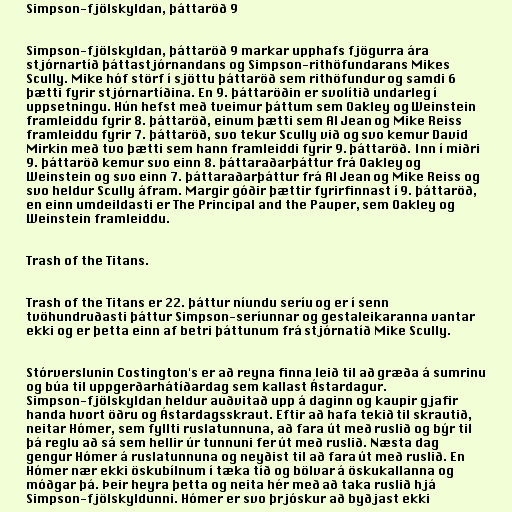
Simpson-fjölskyldan, þáttaröð 9

Simpson-fjölskyldan, þáttaröð 9 markar upphafs fjögurra ára
stjórnartíð þáttastjórnandans og Simpson-rithöfundarans Mikes
Scully. Mike hóf störf í sjöttu þáttaröð sem rithöfundur og samdi 6
þætti fyrir stjórnartíðina. En 9. þáttaröðin er svolítið undarleg í
uppsetningu. Hún hefst með tveimur þáttum sem Oakley og Weinstein
framleiddu fyrir 8. þáttaröð, einum þætti sem Al Jean og Mike Reiss
framleiddu fyrir 7. þáttaröð, svo tekur Scully við og svo kemur David
Mirkin með tvo þætti sem hann framleiddi fyrir 9. þáttaröð. Inn í miðri
9. þáttaröð kemur svo einn 8. þáttaraðarþáttur frá Oakley og
Weinstein og svo einn 7. þáttaraðarþáttur frá Al Jean og Mike Reiss og
svo heldur Scully áfram. Margir góðir þættir fyrirfinnast í 9. þáttaröð,
en einn umdeildasti er The Principal and the Pauper, sem Oakley og
Weinstein framleiddu.

Trash of the Titans.

Trash of the Titans er 22. þáttur níundu seríu og er í senn
tvöhundruðasti þáttur Simpson-seríunnar og gestaleikaranna vantar
ekki og er þetta einn af betri þáttunum frá stjórnatíð Mike Scully.

Stórverslunin Costington's er að reyna finna leið til að græða á sumrinu
og búa til uppgerðarhátíðardag sem kallast Ástardagur.
Simpson-fjölskyldan heldur auðvitað upp á daginn og kaupir gjafir
handa hvort öðru og Ástardagsskraut. Eftir að hafa tekið til skrautið,
neitar Hómer, sem fyllti ruslatunnuna, að fara út með ruslið og býr til
þá reglu að sá sem hellir úr tunnuni fer út með ruslið. Næsta dag
gengur Hómer á ruslatunnuna og neyðist til að fara út með ruslið. En
Hómer nær ekki öskubílnum í tæka tíð og bölvar á öskukallanna og
móðgar þá. Þeir heyra þetta og neita hér með að taka ruslið hjá
Simpson-fjölskyldunni. Hómer er svo þrjóskur að byðjast ekki